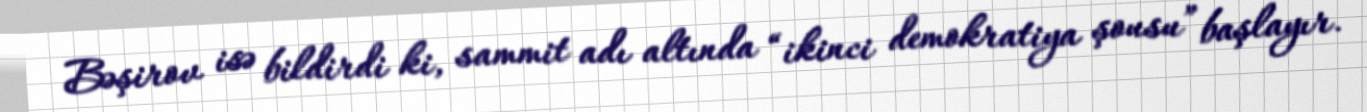
Bəşirov isə bildirdi ki, sammit adı altında “ikinci demokratiya şousu” başlayır.